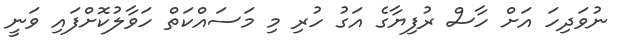
ނުވަދިހަ އަށް ހާސް ރުފިޔާގެ އަގު ހުރި މި މަސައްކަތް ހަވާލުކޮށްފައި ވަނީ